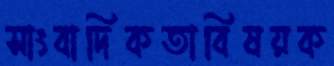
সাংবাদিকতাবিষয়ক